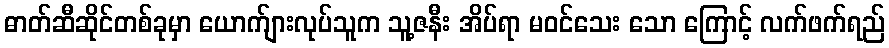
ဓာတ်ဆီဆိုင်တစ်ခုမှာ ယောက်ျားလုပ်သူက သူ့ဇနီး အိပ်ရာ မဝင်သေး သော ကြောင့် လက်ဖက်ရည်